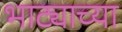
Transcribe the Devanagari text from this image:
भाट्याच्या